Medical and sanitary report of the native army of Madras for the year
Year: 1876
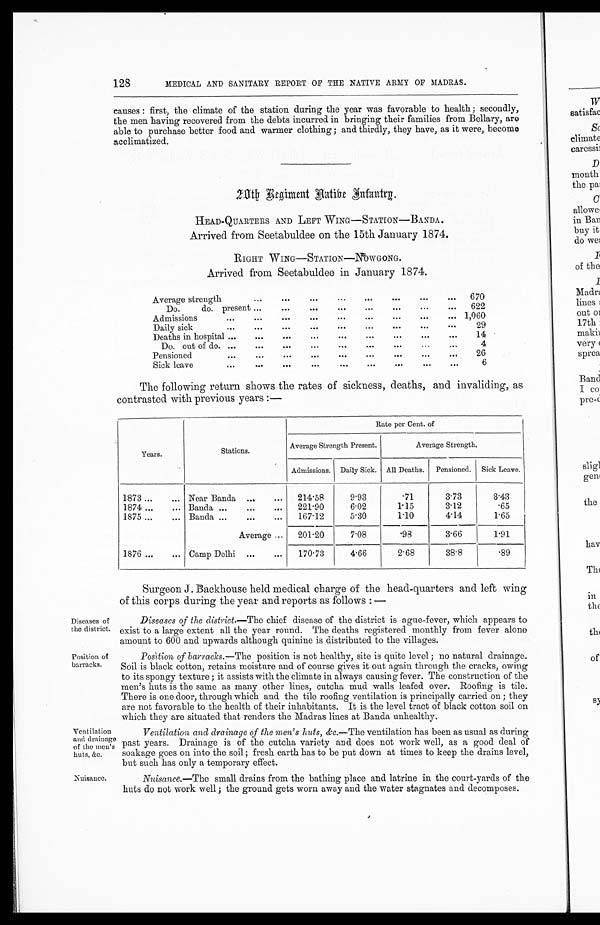
128
MEDICAL AND SANITARY REPORT OF THE NATIVE ARMY OF MADRAS.
causes : first, the climate of the station during the year was favorable to health ; secondly,
the men having recovered from the debts incurred in bringing their families from Bellary, are
able to purchase better food and warmer clothing; and thirdly, they have, as it were, become
acclimatized.
2 0 t h R e g i m e n t A a t i b e I n f a n t r g .
HEAD-QUARTERS AND LEFT WING—STATION—BANDA.
Arrived from Seetabuldee on the 15th January 1874.
RIGHT WING—STATION—YOWGONG.
Arrived from Seetabuldee in January 1874.
Average strength
...
...
...
...
. . .
. . .
...
. . .
670
Do.
do. present
... ... ... ... ... ...
...
...
622
Admissions
...
...
... ...
...
...
...
...
... 1,060
Daily sick
... ... ... ... ... ... ... ... ...
29
Deaths in hospital ...
... ...
...
... ... ... ... ...
14
Do. out of do.
... ...
...
... ... ... ... ...
4
P ensioned
...
... ... ... ... ... ... ... ...
26
Sick leave
... ... ... ... ... ... ...
...
...
6
The following return shows the rates of sickness, deaths, and invaliding, as
contrasted with previous years :—
Rate per Cent. of
Years.
Stations.
Average Strength Present.
Average Strength.
Admissions. Daily Sick. AIl Deaths. Pensioned. Sick Leave.
1873 ...
... Near Banda ...
...
214.58
9.93
.71
3.73
3.43
1874 ...
... Banda ...
...
...
221.90
6.02
1.15
3.12
.65
1875 ...
...
Banda ...
...
...
167.12
5.30
1.10
4.14
1.65
Average
...
201.20
7.08
.98
3.66
1.91
1876 ...
... Camp Delhi ...
...
170.73
4.66
2.68
38.8
.89
Diseases of
the district.
Position of
barracks.
ventilation
and drainage
of the men's
huts, &c.
Nuisance.
Surgeon J. Backhouse held medical charge of the head-quarters and left wing
of this corps during the year and reports as follows : —
Diseases of the distrct.— The chief disease of the district is ague-fever, which appears to
exist to a large extent all the year round. The deaths registered monthly from fever alone
amount to 600 and upwards although quinine is distributed to the villages.
Position of barracks.—The position is not healthy, site is quite level ; no natural drainage.
Soil is black cotton, retains moisture and of course gives it out again through the cracks, owing
to its spongy texture ; it assists with the climate in always causing fever. The construction of the
men's huts is the same as many other lines, cutcha mud walls leafed over. Roofing is tile.
There is one door, through which and the tile roofing ventilation is principally carried on ; they
are not favorable to the health of their inhabitants. It is the level tract of black cotton soil on
which they are situated that renders the Madras lines at Banda unhealthy.
Ventilation and drainage of the men's huts, &c.
—The ventilation has been as usual as during
past years. Drainage is of the cutcha, variety and does not work well, as a good deal of
soakage goes on into the soil ; fresh earth has to be put down at times to keep the drains level,
but such has only a temporary effect.
Nuisance.—The small drains from the bathing place and latrine in the court-yards of the
huts do not work well ; the ground gets worn away and the water stagnates and decomposes.